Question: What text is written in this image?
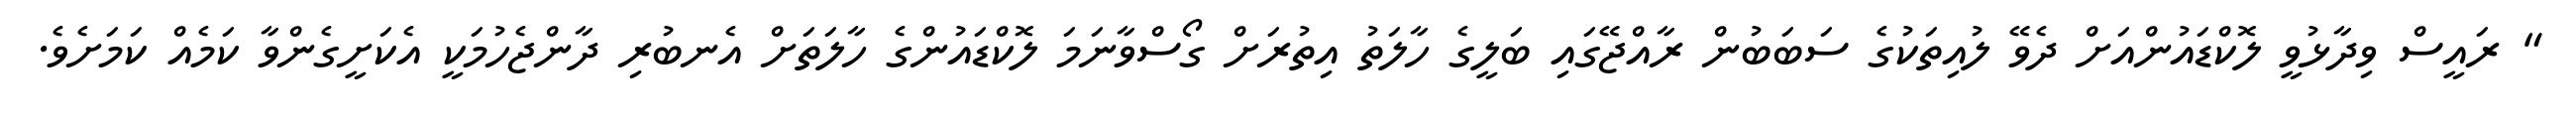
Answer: " ރައީސް ވިދާޅުވީ ލޮކްޑައުންއަށް ދެވޭ ލުއިތަކުގެ ސަބަބުން ރާއްޖޭގައި ބަލީގެ ހާލަތު އިތުރަށް ގޯސްވާނަމަ ލޮކްޑައުންގެ ހާލަތަށް އެނބުރި ދާންޖެހުމަކީ އެކަށީގެންވާ ކަމެއް ކަމަށެވެ.